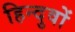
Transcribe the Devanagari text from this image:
हिन्दुवों